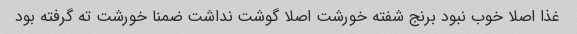
غذا اصلا خوب نبود برنج شفته خورشت اصلا گوشت نداشت ضمنا خورشت ته گرفته بود